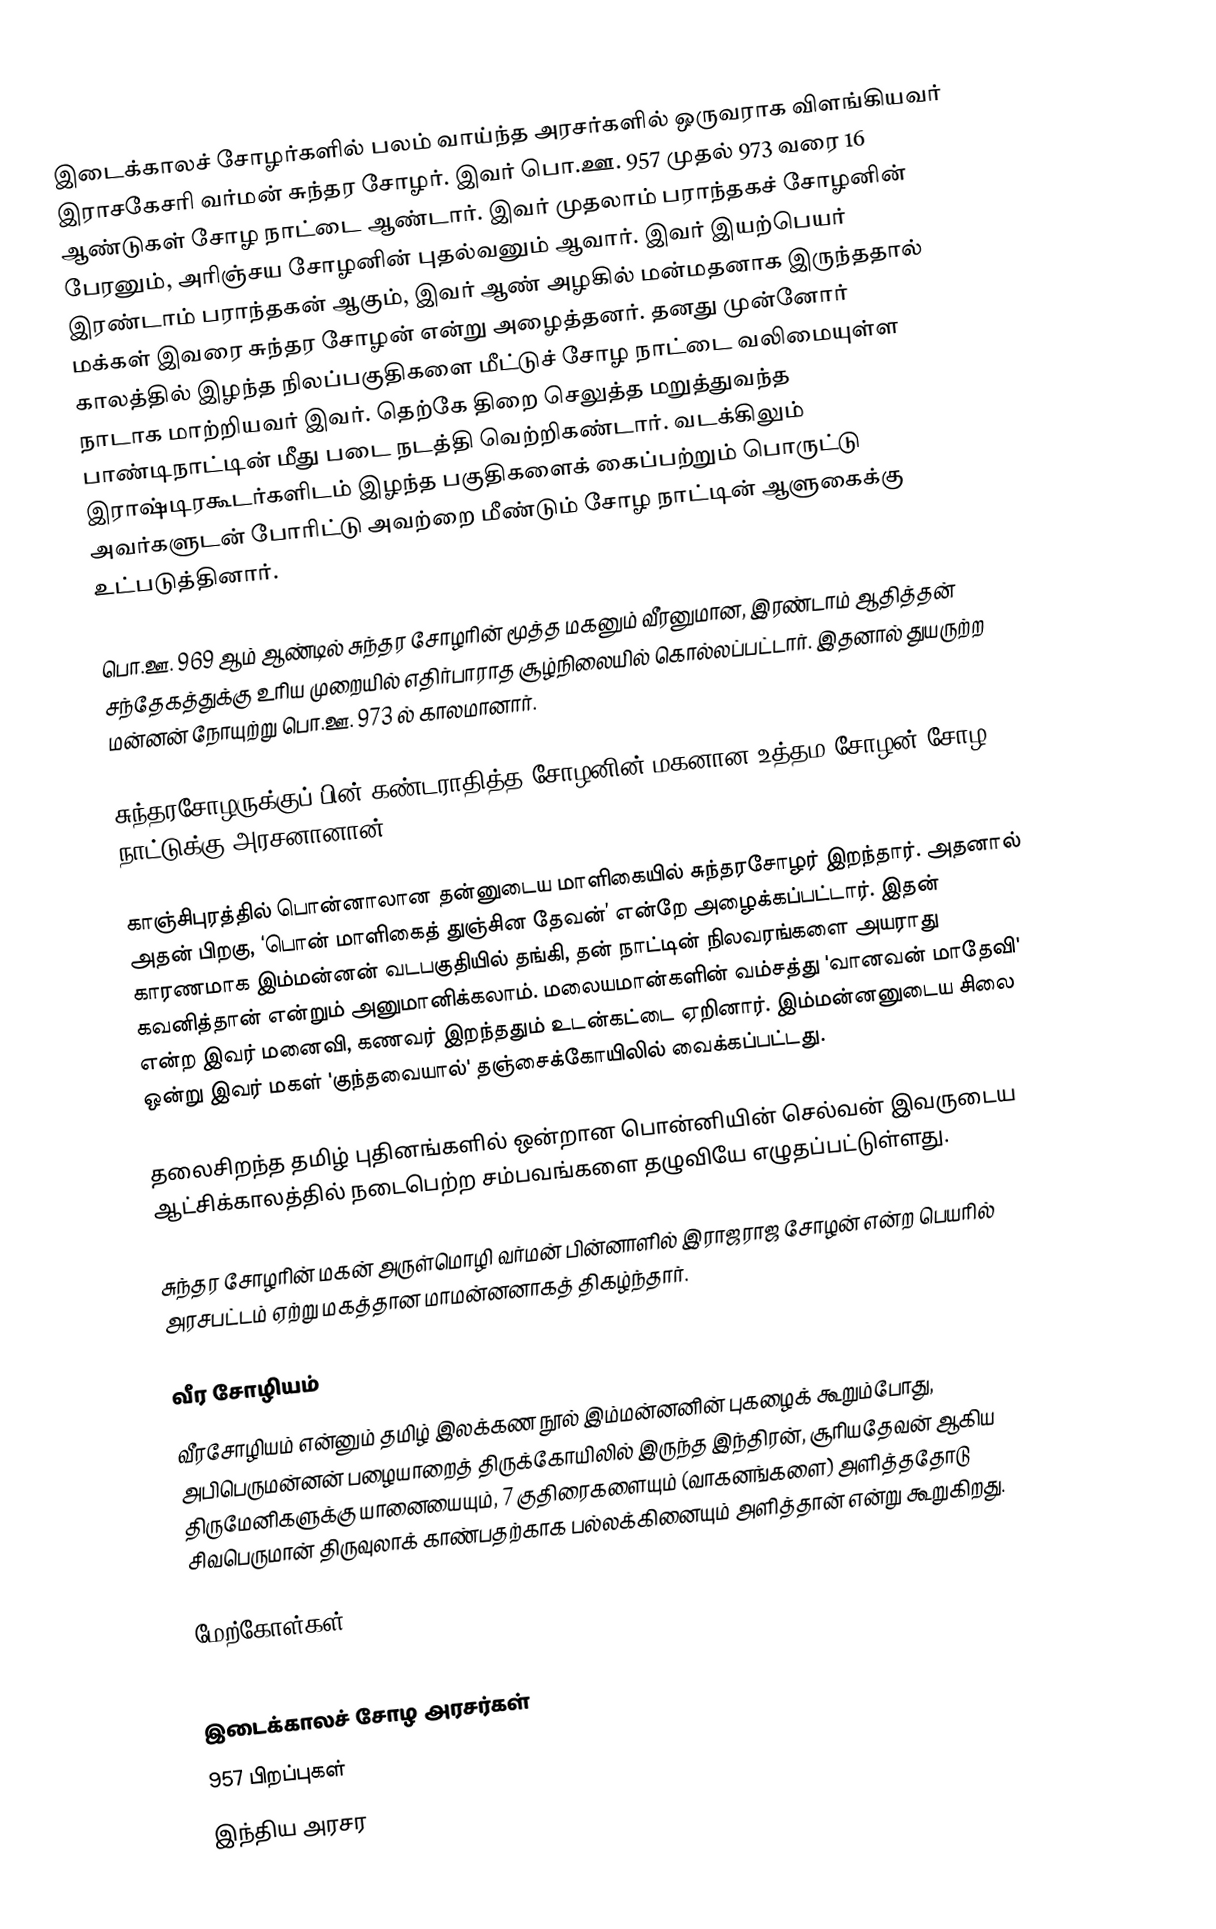
இடைக்காலச் சோழர்களில் பலம் வாய்ந்த அரசர்களில் ஒருவராக விளங்கியவர் இராசகேசரி வர்மன் சுந்தர சோழர். இவர் பொ.ஊ. 957 முதல் 973 வரை 16 ஆண்டுகள் சோழ நாட்டை ஆண்டார். இவர் முதலாம் பராந்தகச் சோழனின் பேரனும், அரிஞ்சய சோழனின் புதல்வனும் ஆவார். இவர் இயற்பெயர் இரண்டாம் பராந்தகன் ஆகும், இவர் ஆண் அழகில் மன்மதனாக இருந்ததால் மக்கள் இவரை சுந்தர சோழன் என்று அழைத்தனர். தனது முன்னோர் காலத்தில் இழந்த நிலப்பகுதிகளை மீட்டுச் சோழ நாட்டை வலிமையுள்ள நாடாக மாற்றியவர் இவர். தெற்கே திறை செலுத்த மறுத்துவந்த பாண்டிநாட்டின் மீது படை நடத்தி வெற்றிகண்டார். வடக்கிலும் இராஷ்டிரகூடர்களிடம் இழந்த பகுதிகளைக் கைப்பற்றும் பொருட்டு அவர்களுடன் போரிட்டு அவற்றை மீண்டும் சோழ நாட்டின் ஆளுகைக்கு உட்படுத்தினார்.

பொ.ஊ. 969 ஆம் ஆண்டில் சுந்தர சோழரின் மூத்த மகனும் வீரனுமான, இரண்டாம் ஆதித்தன் சந்தேகத்துக்கு உரிய முறையில் எதிர்பாராத சூழ்நிலையில் கொல்லப்பட்டார். இதனால் துயருற்ற மன்னன் நோயுற்று பொ.ஊ. 973 ல் காலமானார்.

சுந்தரசோழருக்குப் பின் கண்டராதித்த சோழனின் மகனான உத்தம சோழன் சோழ நாட்டுக்கு அரசனானான்.

காஞ்சிபுரத்தில் பொன்னாலான தன்னுடைய மாளிகையில் சுந்தரசோழர் இறந்தார். அதனால் அதன் பிறகு, ‘பொன் மாளிகைத் துஞ்சின தேவன்’ என்றே அழைக்கப்பட்டார். இதன் காரணமாக இம்மன்னன் வடபகுதியில் தங்கி, தன் நாட்டின் நிலவரங்களை அயராது கவனித்தான் என்றும் அனுமானிக்கலாம். மலையமான்களின் வம்சத்து 'வானவன் மாதேவி' என்ற இவர் மனைவி, கணவர் இறந்ததும் உடன்கட்டை ஏறினார். இம்மன்னனுடைய சிலை ஒன்று இவர் மகள் 'குந்தவையால்' தஞ்சைக்கோயிலில் வைக்கப்பட்டது.

தலைசிறந்த தமிழ் புதினங்களில் ஒன்றான பொன்னியின் செல்வன் இவருடைய ஆட்சிக்காலத்தில் நடைபெற்ற சம்பவங்களை தழுவியே எழுதப்பட்டுள்ளது.

சுந்தர சோழரின் மகன் அருள்மொழி வர்மன் பின்னாளில் இராஜராஜ சோழன் என்ற பெயரில் அரசபட்டம் ஏற்று மகத்தான மாமன்னனாகத் திகழ்ந்தார்.

வீர சோழியம்
வீரசோழியம் என்னும் தமிழ் இலக்கண நூல் இம்மன்னனின்  புகழைக் கூறும்போது, அபிபெருமன்னன் பழையாறைத் திருக்கோயிலில் இருந்த இந்திரன், சூரியதேவன் ஆகிய திருமேனிகளுக்கு யானையையும், 7 குதிரைகளையும் (வாகனங்களை) அளித்ததோடு சிவபெருமான் திருவுலாக் காண்பதற்காக பல்லக்கினையும் அளித்தான் என்று கூறுகிறது.

மேற்கோள்கள்

இடைக்காலச் சோழ அரசர்கள்
957 பிறப்புகள்
 இந்திய அரசர